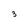
Character: 3